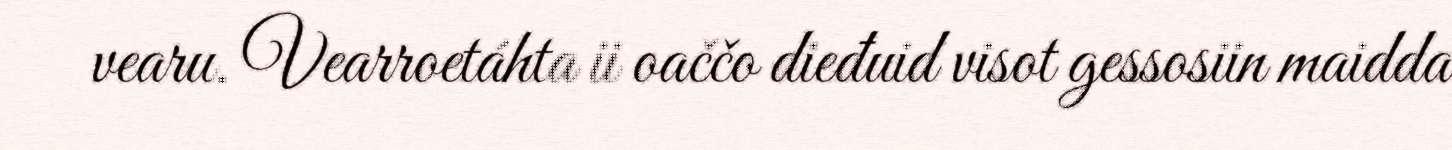
vearu. Vearroetáhta ii oaččo dieđuid visot gessosiin maidda